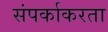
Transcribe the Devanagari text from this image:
संपर्काकरता